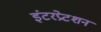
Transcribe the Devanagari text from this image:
इंटरप्रेटशन